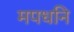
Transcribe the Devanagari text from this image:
मपधनि